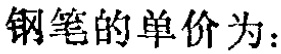
钢笔的单价为：